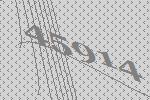
45914